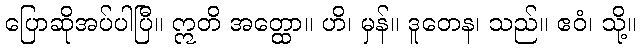
ပြောဆိုအပ်ပါပြီ။ ဣတိ အတ္ထော။ ဟိ၊ မှန်။ ဒူတေန၊ သည်။ ဧဝံ၊ သို့။